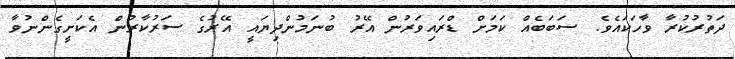
ދަތުރުކުރާ ވާހަކައެވެ. ސަބަބެއް ކަމަށް ޑްރައިވަރުން އޭރު ބުނަމުންދިޔައީ އޭރުގެ ސަރުކާރުން އެކަށީގެންނުވާ